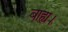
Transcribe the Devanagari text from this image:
बाह्य।